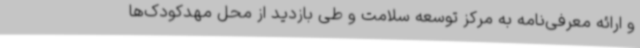
و ارائه معرفی‌نامه به مرکز توسعه سلامت و طی بازدید از محل مهدکودک‌ها